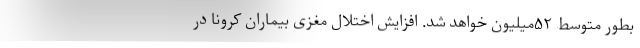
بطور متوسط ۵۲میلیون خواهد شد. افزایش اختلال مغزی بیماران کرونا در